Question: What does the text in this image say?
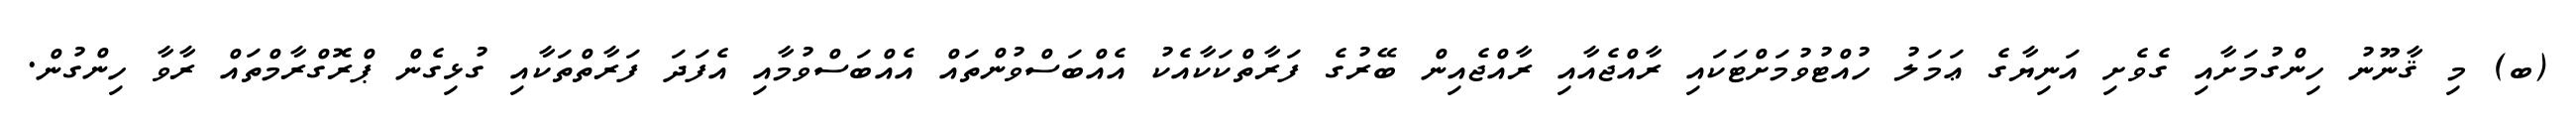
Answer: (ބ) މި ޤާނޫނު ހިންގުމަށާއި ގެވެށި އަނިޔާގެ ޢަމަލު ހުއްޓުވުމަށްޓަކައި ރާއްޖެއާއި ރާއްޖެއިން ބޭރުގެ ފަރާތްކަކާއެކު އެއްބަސްވުންތައް އެއްބަސްވުމާއި އެފަދަ ފަރާތްތަކާއި ގުޅިގެން ޕްރޮގްރާމްތައް ރާވާ ހިންގުން.